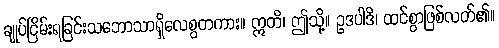
ချုပ်ငြိမ်းရခြင်းသဘောသာရှိလေစွတကား။ ဣတိ၊ ဤသို့။ ဥဒပါဒိ၊ ထင်စွာဖြစ်လတ်၏။